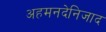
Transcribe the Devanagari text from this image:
अहमनदेनिजाद